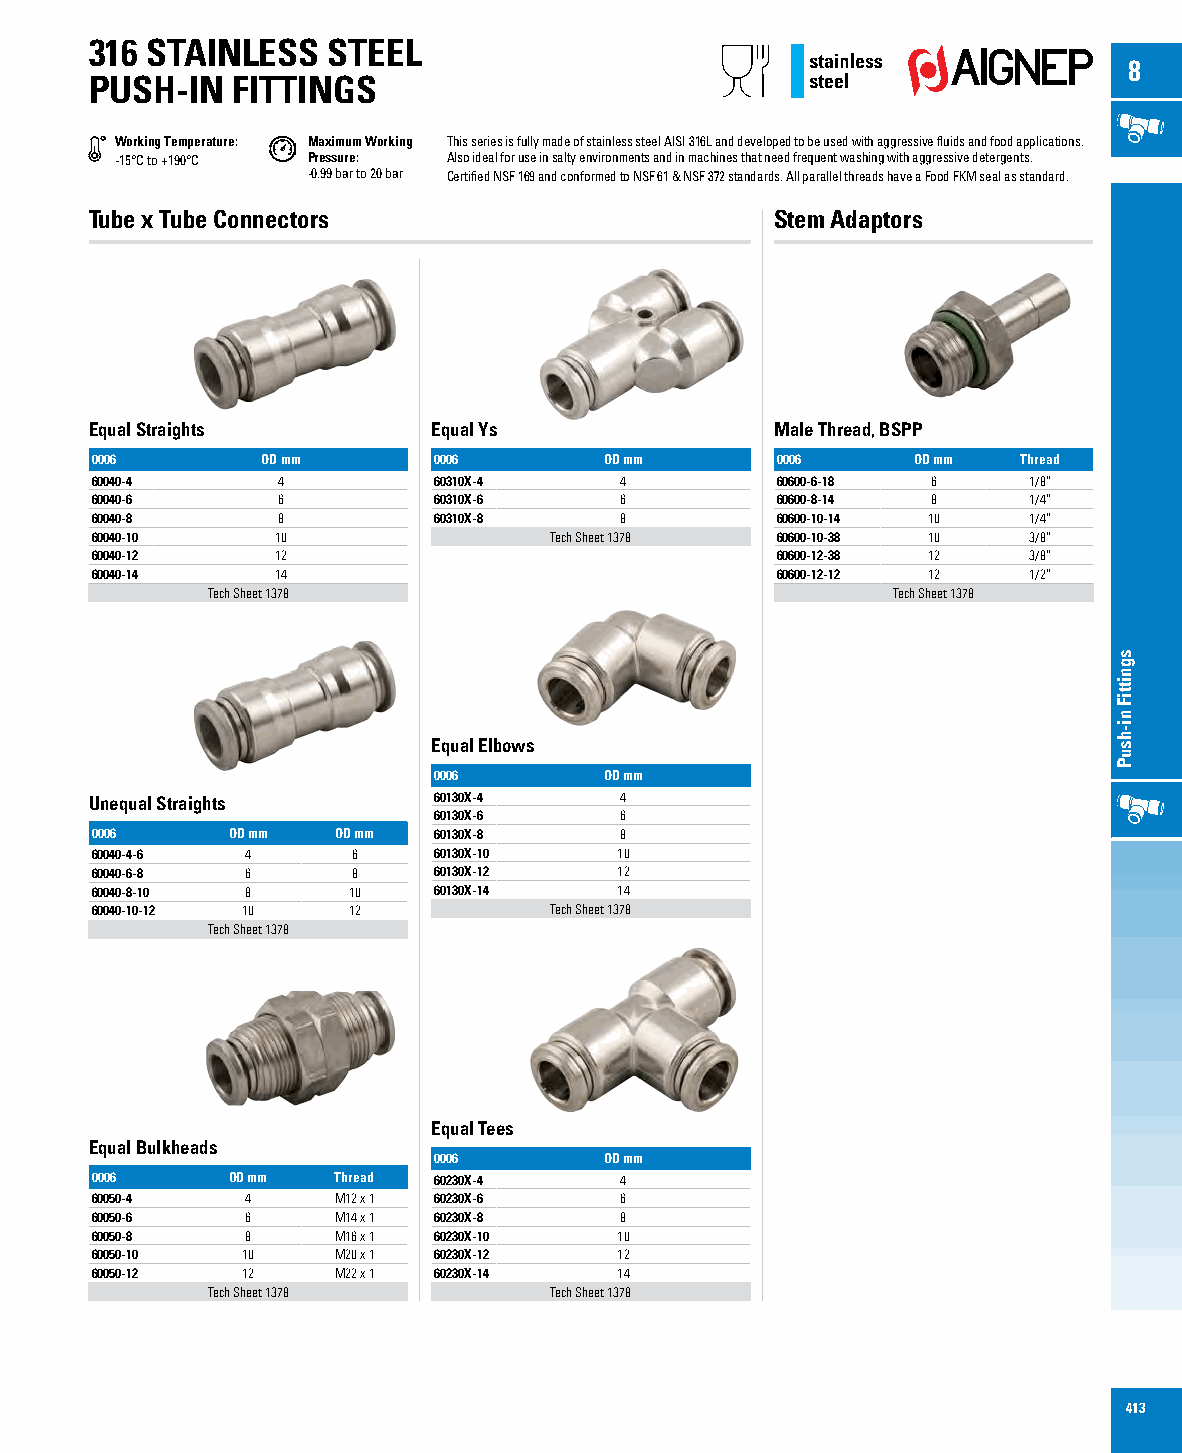
316 STAINLESS   STEEL
 8
 PUSH-IN  FITTINGS
 Working Temperature: Maximum Working This series is fully made of stainless steel AISI 316L and developed to be used with aggressive fluids and food applications.
 -15°C to +190°C Pressure: Also ideal for use in salty environments and in machines that need frequent washing with aggressive detergents.
 -0.99 bar to 20 bar Certified NSF 169 and conformed to NSF 61 & NSF 372 standards. All parallel threads have a Food FKM seal as standard.
 Tube x Tube Connectors                       Stem Adaptors
 Equal Straights        Equal Ys              Male Thread, BSPP
 0006       OD mm       0006       OD mm      0006     OD mm   Thread
 60040-4     4          60310X-4    4         60600-6-18 6     1/8”
 60040-6     6          60310X-6    6         60600-8-14 8     1/4”
 60040-8     8          60310X-8    8         60600-10-14 10   1/4”
 60040-10    10                Tech Sheet 1378 60600-10-38 10  3/8”
 60040-12    12                               60600-12-38 12   3/8”
 60040-14    14                               60600-12-12 12   1/2”
 Tech Sheet 1378                              Tech Sheet 1378
 Equal Elbows
 0006       OD mm
 Unequal Straights      60130X-4    4
 60130X-6    6
 0006     OD mm  OD mm  60130X-8    8
 60040-4-6 4      6     60130X-10   10
 60040-6-8 6      8     60130X-12   12
 60040-8-10 8     10    60130X-14   14
 60040-10-12 10   12           Tech Sheet 1378
 Tech Sheet 1378
 Equal Tees
 Equal Bulkheads
 0006       OD mm
 0006     OD mm  Thread 60230X-4    4
 60050-4   4     M12 x 1 60230X-6   6
 60050-6   6     M14 x 1 60230X-8   8
 60050-8   8     M16 x 1 60230X-10  10
 60050-10  10    M20 x 1 60230X-12  12
 60050-12  12    M22 x 1 60230X-14  14
 Tech Sheet 1378       Tech Sheet 1378
 413
 sgnittiF
 ni-hsuP